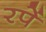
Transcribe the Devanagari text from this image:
रपें